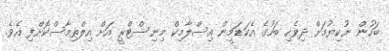
ބަހުން ނުކިޔުމަށް ދިވެހި ބަހުގެ އެކަޑަމީން އިސްލާމިކް މިނިސްޓްރީ އަށް އިލްތިމާސްކޮށްފި އެވެ.